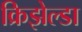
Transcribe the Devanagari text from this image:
क्रिझेल्डा